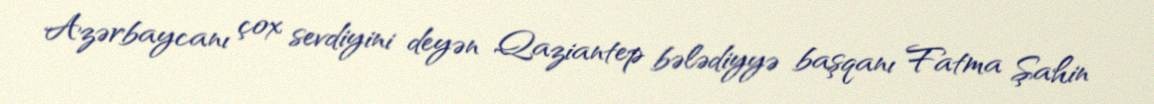
Azərbaycanı çox sevdiyini deyən Qaziantep bələdiyyə başqanı Fatma Şahin